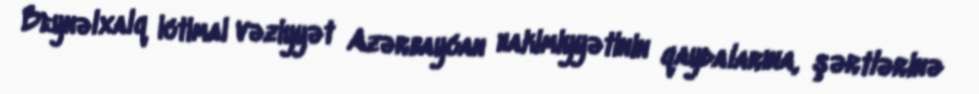
Beynəlxalq ictimai vəziyyət Azərbaycan hakimiyyətinin qaydalarına, şərtlərinə